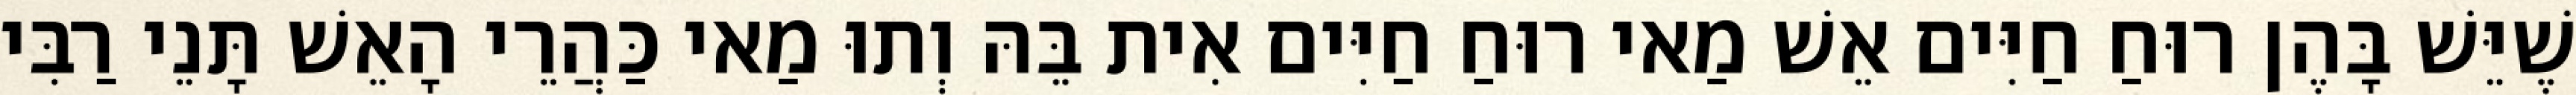
שֶׁיֵּשׁ בָּהֶן רוּחַ חַיִּים אֵשׁ מַאי רוּחַ חַיִּים אִית בֵּהּ וְתוּ מַאי כַּהֲרֵי הָאֵשׁ תָּנֵי רַבִּי